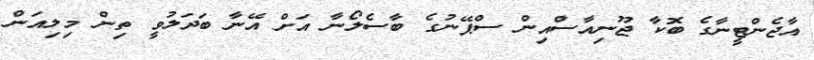
އާޖެންޓީނާގެ ބޮކާ ޖޫނިއާސްއިން ސްޕޭނުގެ ބާސެލޯނާ އަށް އޭނާ ބަދަލުވީ ތިން މިލިއަން